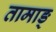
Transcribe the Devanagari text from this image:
तामाङ्‌